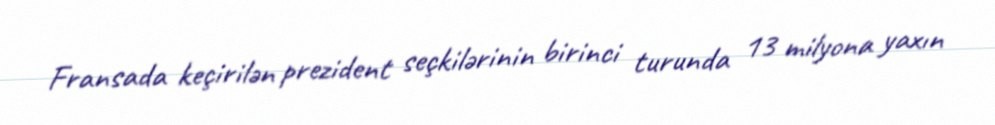
Fransada keçirilən prezident seçkilərinin birinci turunda 13 milyona yaxın